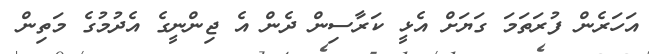
އަހަރެން ފުރަތަމަ ގަޔަށް އެޅީ ކަރާސިން ދެން އެ ޖިންނީގެ އެދުމުގެ މަތިން